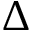
\Delta